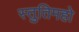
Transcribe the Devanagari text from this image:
स्तुतिमहो